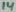
Text: 14